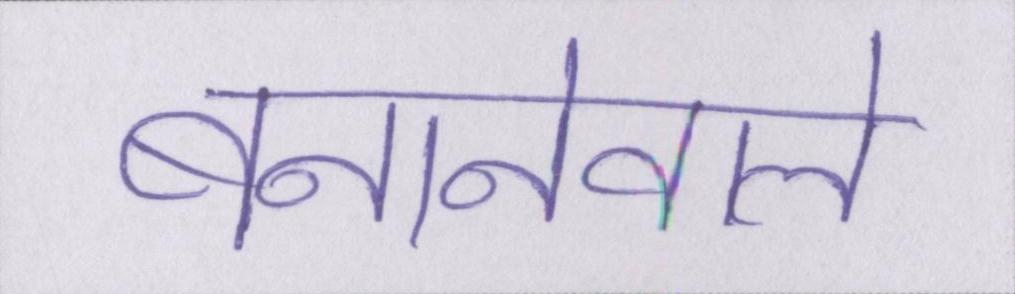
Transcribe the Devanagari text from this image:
बनानेवाले